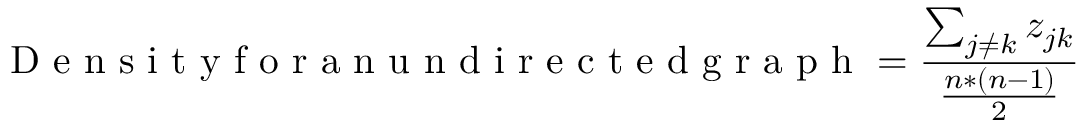
\mathrm { ~ D ~ e ~ n ~ s ~ i ~ t ~ y ~ f ~ o ~ r ~ a ~ n ~ u ~ n ~ d ~ i ~ r ~ e ~ c ~ t ~ e ~ d ~ g ~ r ~ a ~ p ~ h ~ } = \frac { \sum _ { j \neq k } z _ { j k } } { \frac { n * ( n - 1 ) } { 2 } }